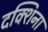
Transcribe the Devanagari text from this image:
दक्शिना